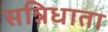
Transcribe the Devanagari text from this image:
सन्निधाता